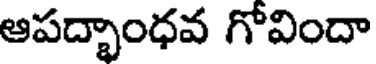
ఆపద్భాంధవ గోవిందా